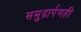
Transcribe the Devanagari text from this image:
समुद्रार्पणही